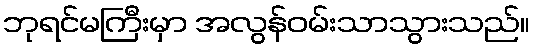
ဘုရင်မကြီးမှာ အလွန်ဝမ်းသာသွားသည်။